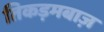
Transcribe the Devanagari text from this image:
तिकड़मबाज़